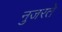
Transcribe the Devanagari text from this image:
नुजरते